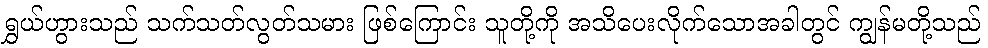
ရွှယ်ဟွားသည် သက်သတ်လွတ်သမား ဖြစ်ကြောင်း သူတို့ကို အသိပေးလိုက်သောအခါတွင် ကျွန်မတို့သည်